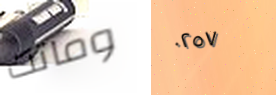
وماتت ٠٢٥٧